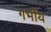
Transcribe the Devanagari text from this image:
गर्भीय